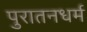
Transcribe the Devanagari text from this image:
पुरातनधर्म